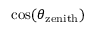
\cos ( \theta _ { \mathrm { z e n i t h } } )